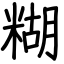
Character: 糊